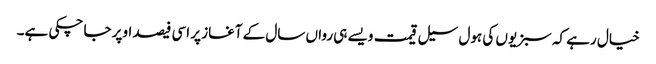
خیال رہے کہ سبزیوں کی ہول سیل قیمت ویسے ہی رواں سال کے آغاز پر اسی فیصد اوپر جا چکی ہے۔